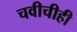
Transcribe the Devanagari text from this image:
चवीचीही